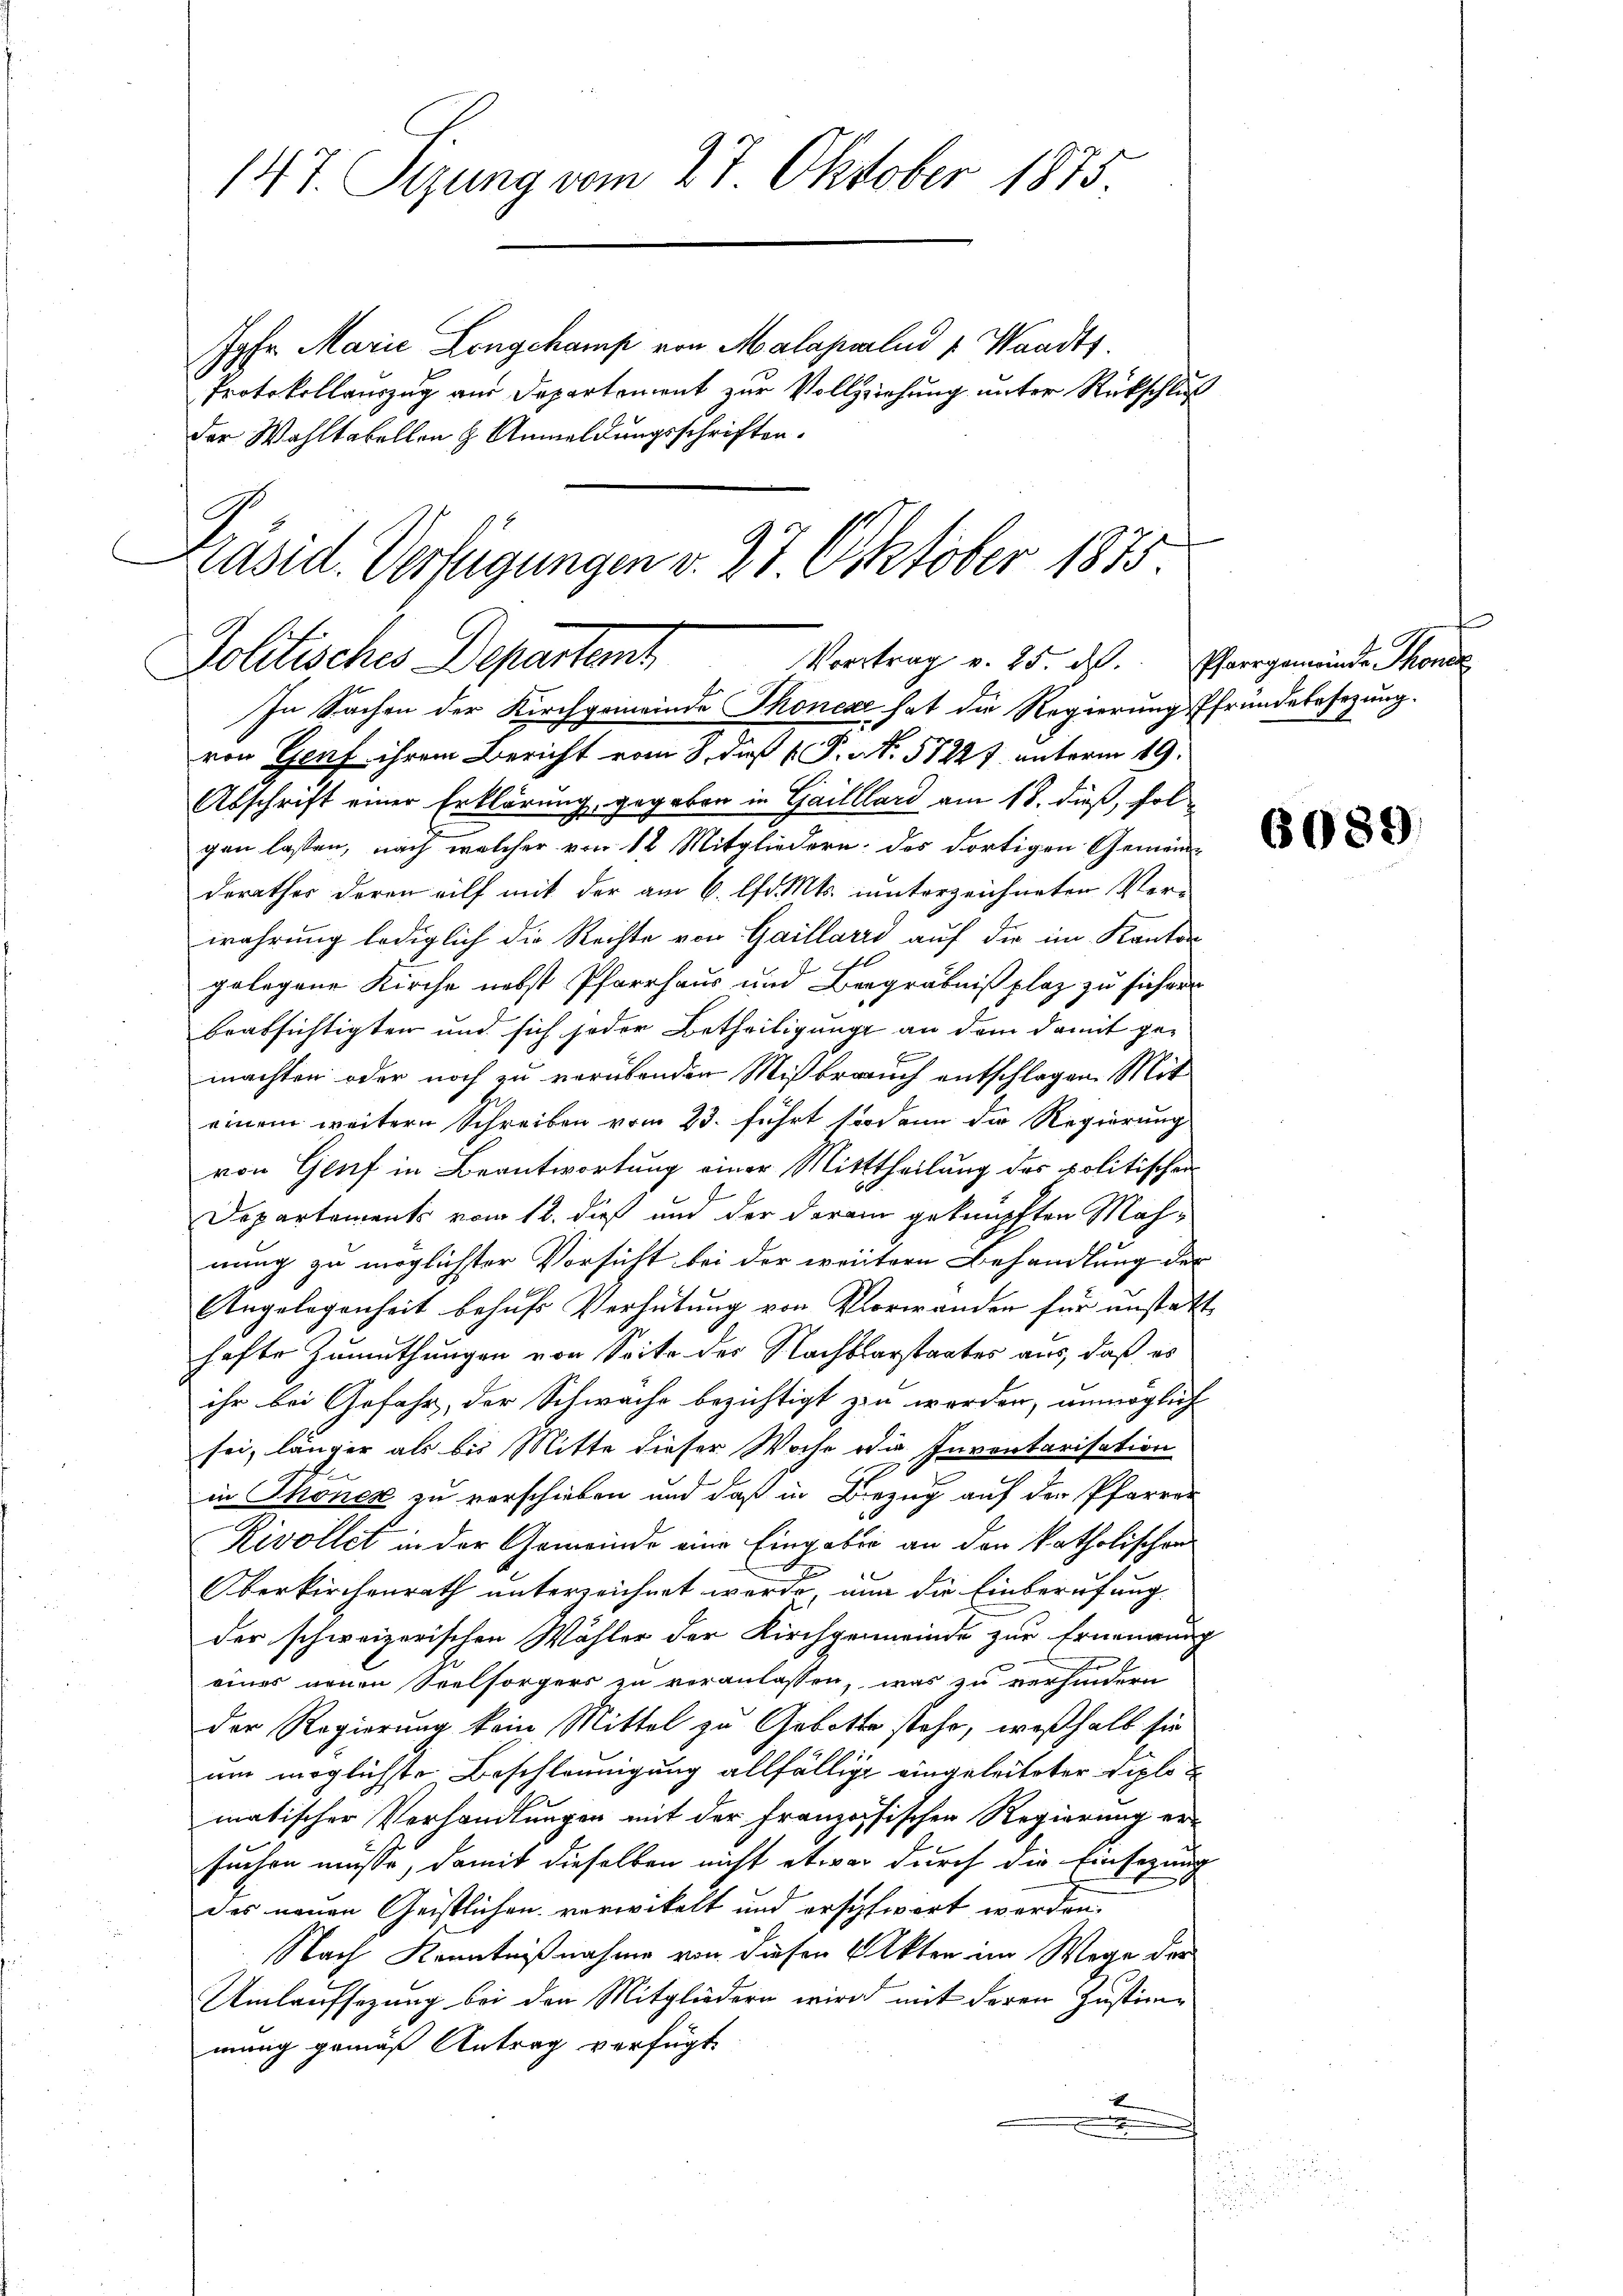
147. Sizung vom 27 Oktober 1875.
Jgfr. Marie Longckamp von Malapalud u. Waadts.
Protokollauszug aus Departement zur Vollziehung unter Rückschluß
der Wahltabellen & Anmeldungsschriften.

Präsid. Verfügungen v. 27. Oktober 1815.
Politisches Departem Vortrag v. 25. das hergemeinde Mein
In Sachen der Kirchgemeinde Thonere hat die Regierung Pfründebesezung.

von Genf ihrem Bericht vom 8. daß P. N. 51227. unterm 19.
Abschrift einer Erklärung, gegeben in Gailllard am 18. dieß, folgen lassen, nach welcher von 12 Mitgliedern: des dortigen Gemeinderathes deren eilf mit der am 6. lfd. Mts. unterzeichneten Verwahrung lediglich die Rechte von Gaillard auf die im Kanton
gelegene Kirche nebst Pfarrhaus und Begräbnißplaz zu sichern
beabsichtigten und sich jeder Betheiligung an dem damit ge-
machten oder noch zu verübenden Mißbrauch entschlagen Mit
einem weitern Schreiben vom 23. führt sodann die Regierung
von Genf in Beantwortung einer Mitttheilung des politischer
Departements vom 12. dieß und der daran geknüpften Mahnung zu möglichter Vorsicht bei der weitern Behandlung der
Angelegenheit behufs Verhütung von Vorwanden für unstatt
hafte Zumuthungen von Seite der Nachbarstaates aus, daß es
ihr bei Gefahr, der Schwache bezichtigt zu werden, unmöglich
sei, länger als bis Mitte dieser Woche die Inventarisation
in Thonex zu verschieben und daß in Bezug auf der Pfarrer
Rivollet in der Gemeinde eine Eingabe an den katholischen
Oberkirchenrath unterzeichnet werde, nun die Einberufung
der schweizerischen Wahler der Kirchgemeinde zur Ernennung
eines neuen Seelsorgers zu veranlassen, was zu verhindern
der Regierung kein Mittel zu Gebotte stehe, weßhalb sie
um möglichste Beschleunigung allfällige eingeleiteter Diplomatischer Verhandlungen mit der französischen Regierung er-
suchen müsse, damit dieselben nicht etwas durch die Einsezung
des neuen Geistlichen verwickelt und erschfwirt werden.
Nach Kenntnißnahme von diesen Akten im Wege der
Umlaufsezung bei den Mitgliedern wird mit deren Justimmung gemäß Antrag verfügt.
1
.

6089